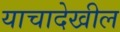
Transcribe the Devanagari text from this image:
याचादेखील